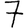
Digit: 7